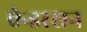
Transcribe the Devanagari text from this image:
ऐन्डरसन